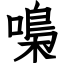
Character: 嘄